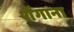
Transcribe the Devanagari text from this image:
शेंगाना